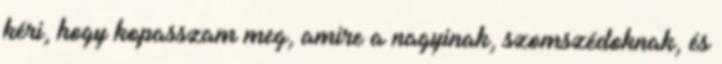
kéri, hogy kopasszam meg, amire a nagyinak, szomszédoknak, és